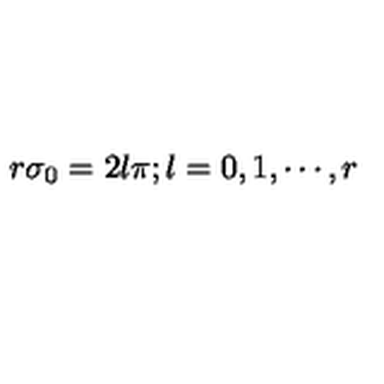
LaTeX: r \sigma _ { 0 } = 2 l \pi ; l = 0 , 1 , \cdots , r